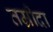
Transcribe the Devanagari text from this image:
तम्रीदा